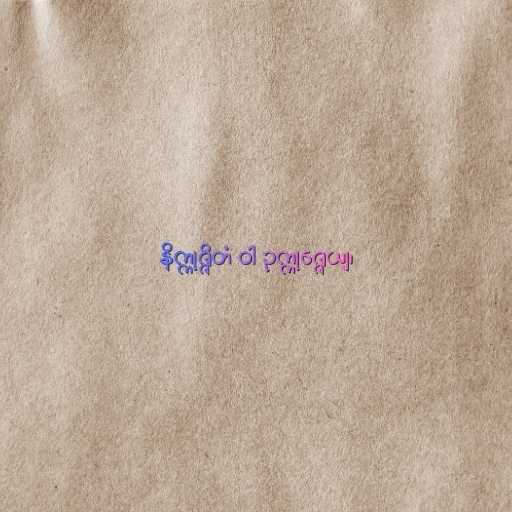
နိက္ကုဇ္ဇိတံ ဝါ ဥက္ကုဇ္ဇေယျ၊